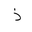
Letter: _thal